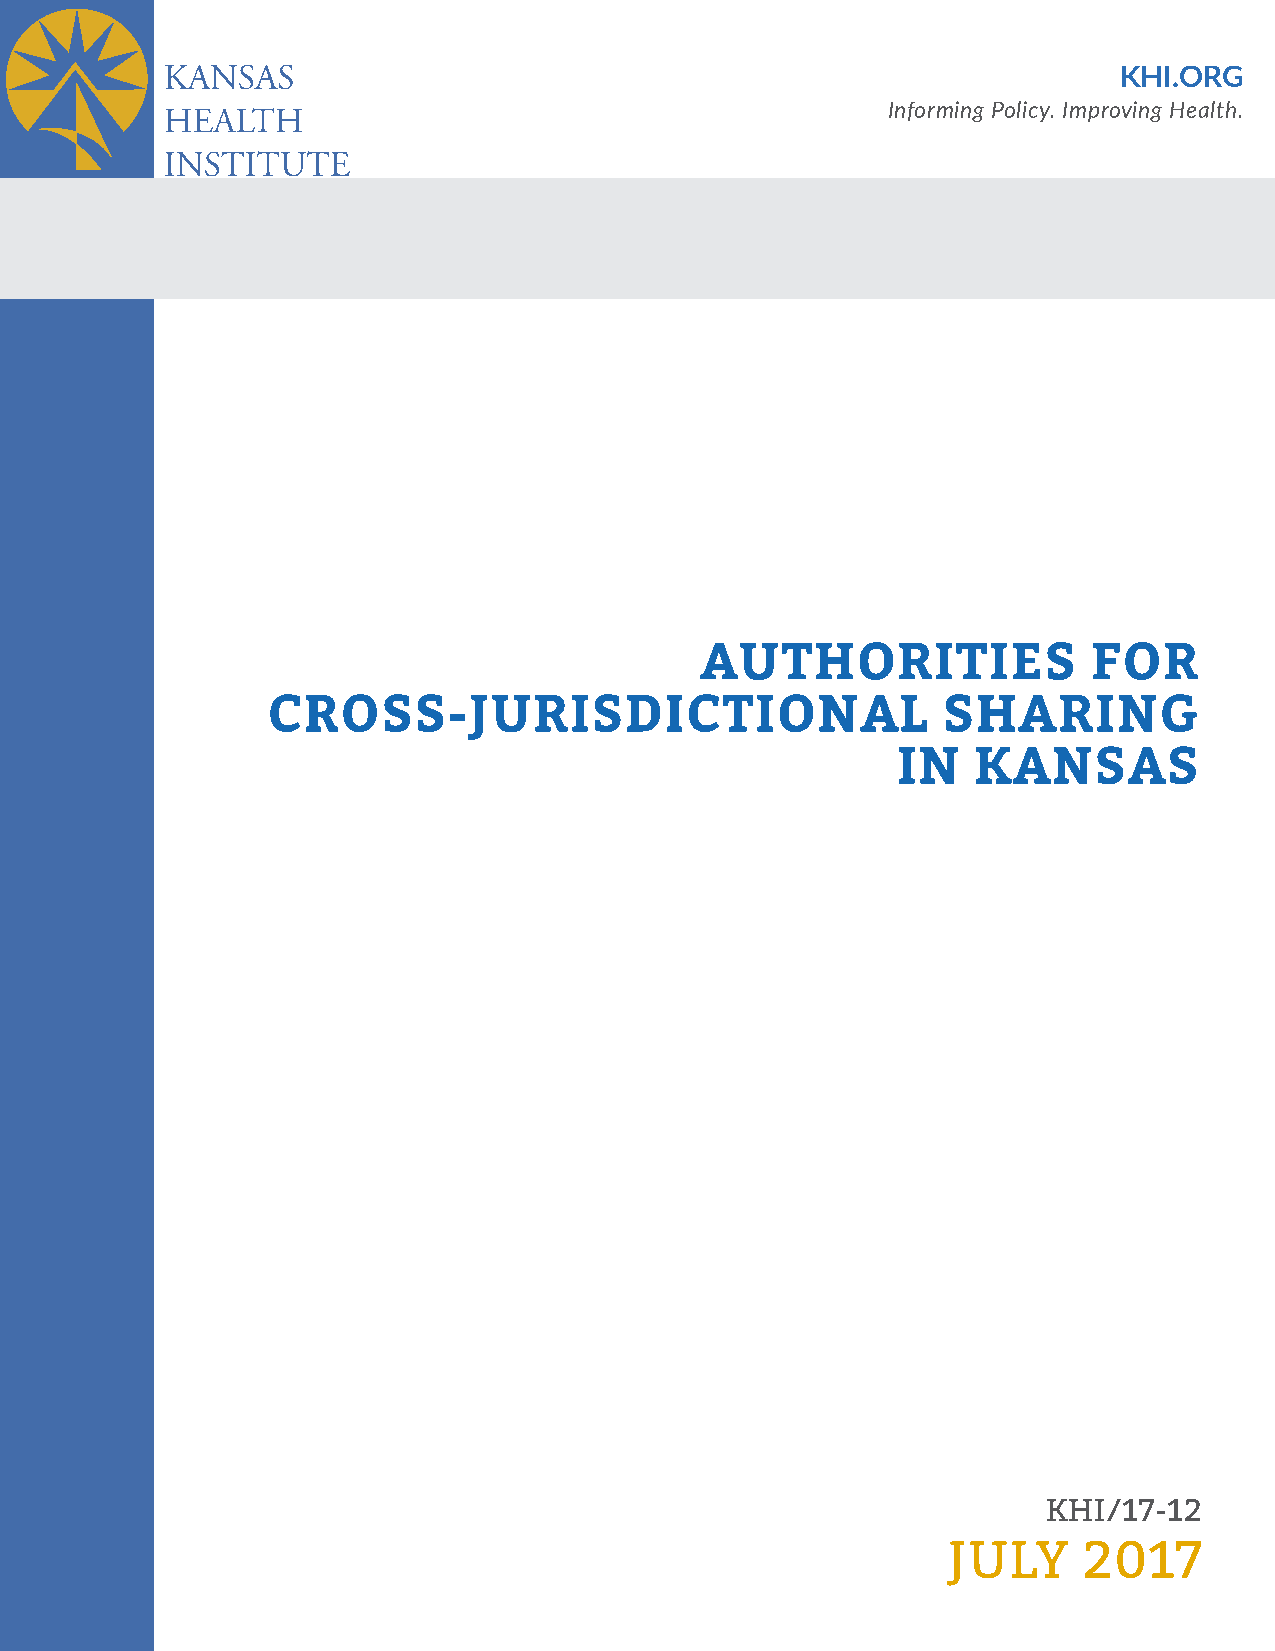
KHI.ORG
 Informing Policy. Improving Health.
 AUTHORITIES               FOR
 CROSS-JURISDICTIONAL                        SHARING
 IN    KANSAS
 KHI/17-12
 JULY     2017